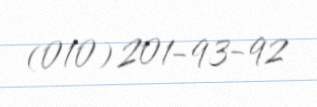
(010) 201-93-92